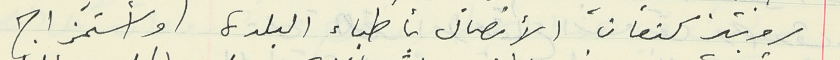
روبير كنعان الأتصال بأطباء البلدة وأستمزاج